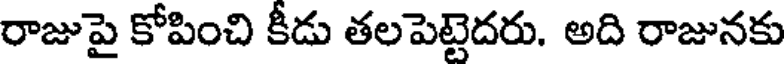
రాజుపై కోపించి కీడు తలపెట్టెదరు. అది రాజునకు